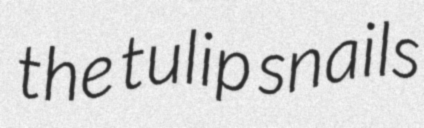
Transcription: the tulip snails